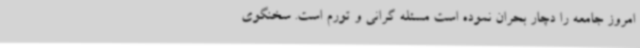
امروز جامعه را دچار بحران نموده است مسئله گرانی و تورم است. سخنگوی